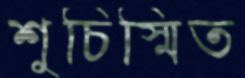
শুচিস্মিত